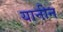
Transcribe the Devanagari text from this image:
यानीन